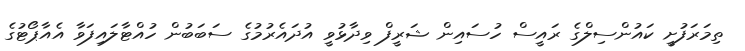
ތިމަރަފުށީ ކައުންސިލްގެ ރައީސް ހުސައިން ޝަރީފް ވިދާޅުވީ އުދައެރުމުގެ ސަބަބުން ހުއްޓާލައިފަވާ އެއާޕޯޓުގެ